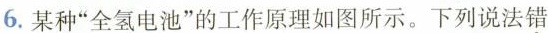
6.某种”全氢电池”的工作原理如图所示。下列说法错